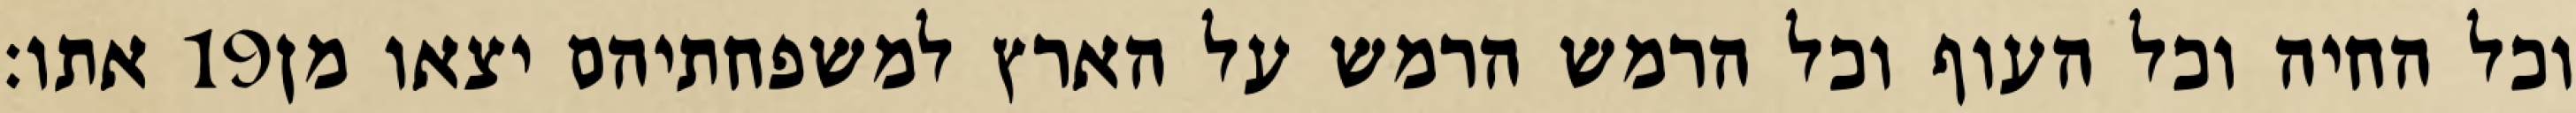
אתו׃ ‎19‏ וכל החיה וכל העוף וכל הרמש הרמש על הארץ למשפחתיהם יצאו מן